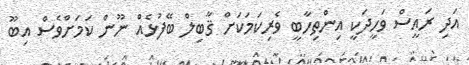
އަދި ރައީސް ވަހީދަކީ އިންތިހާބީ ވެރިކަމަކަށް ޤާބިލް ބޭފުޅެއް ނޫން ކަމަށްވެސް އިބޫ